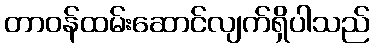
တာဝန်ထမ်းဆောင်လျက်ရှိပါသည်